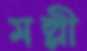
মল্লী